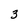
Character: 3